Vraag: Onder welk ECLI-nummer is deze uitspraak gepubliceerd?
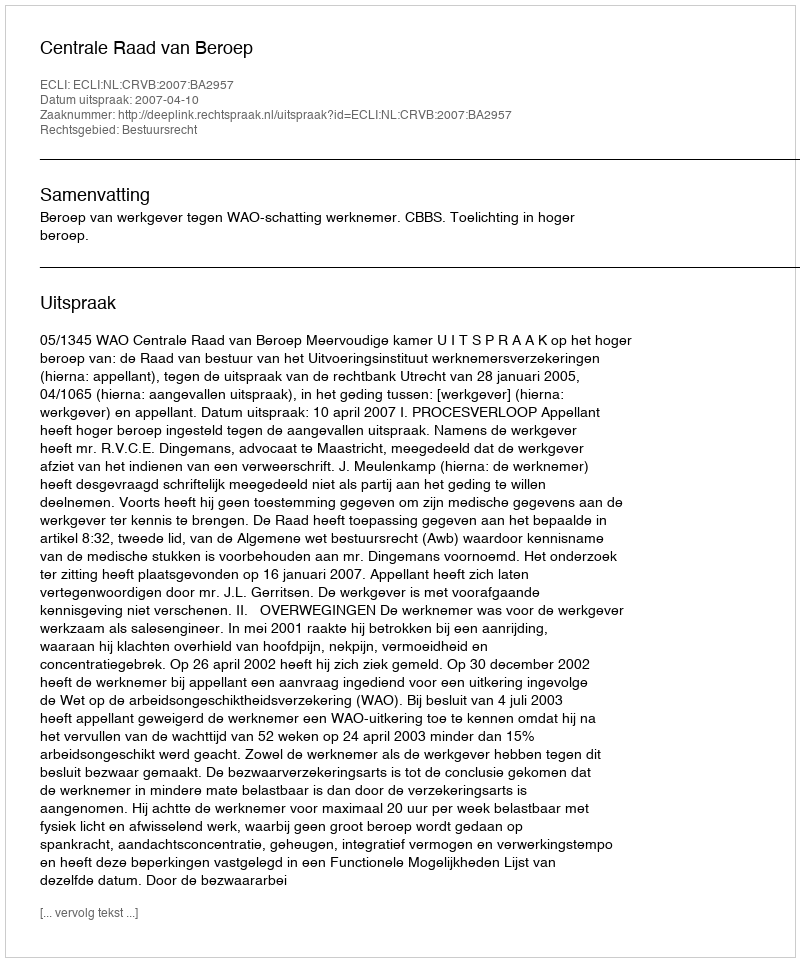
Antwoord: ECLI:NL:CRVB:2007:BA2957